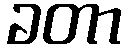
ခတာ